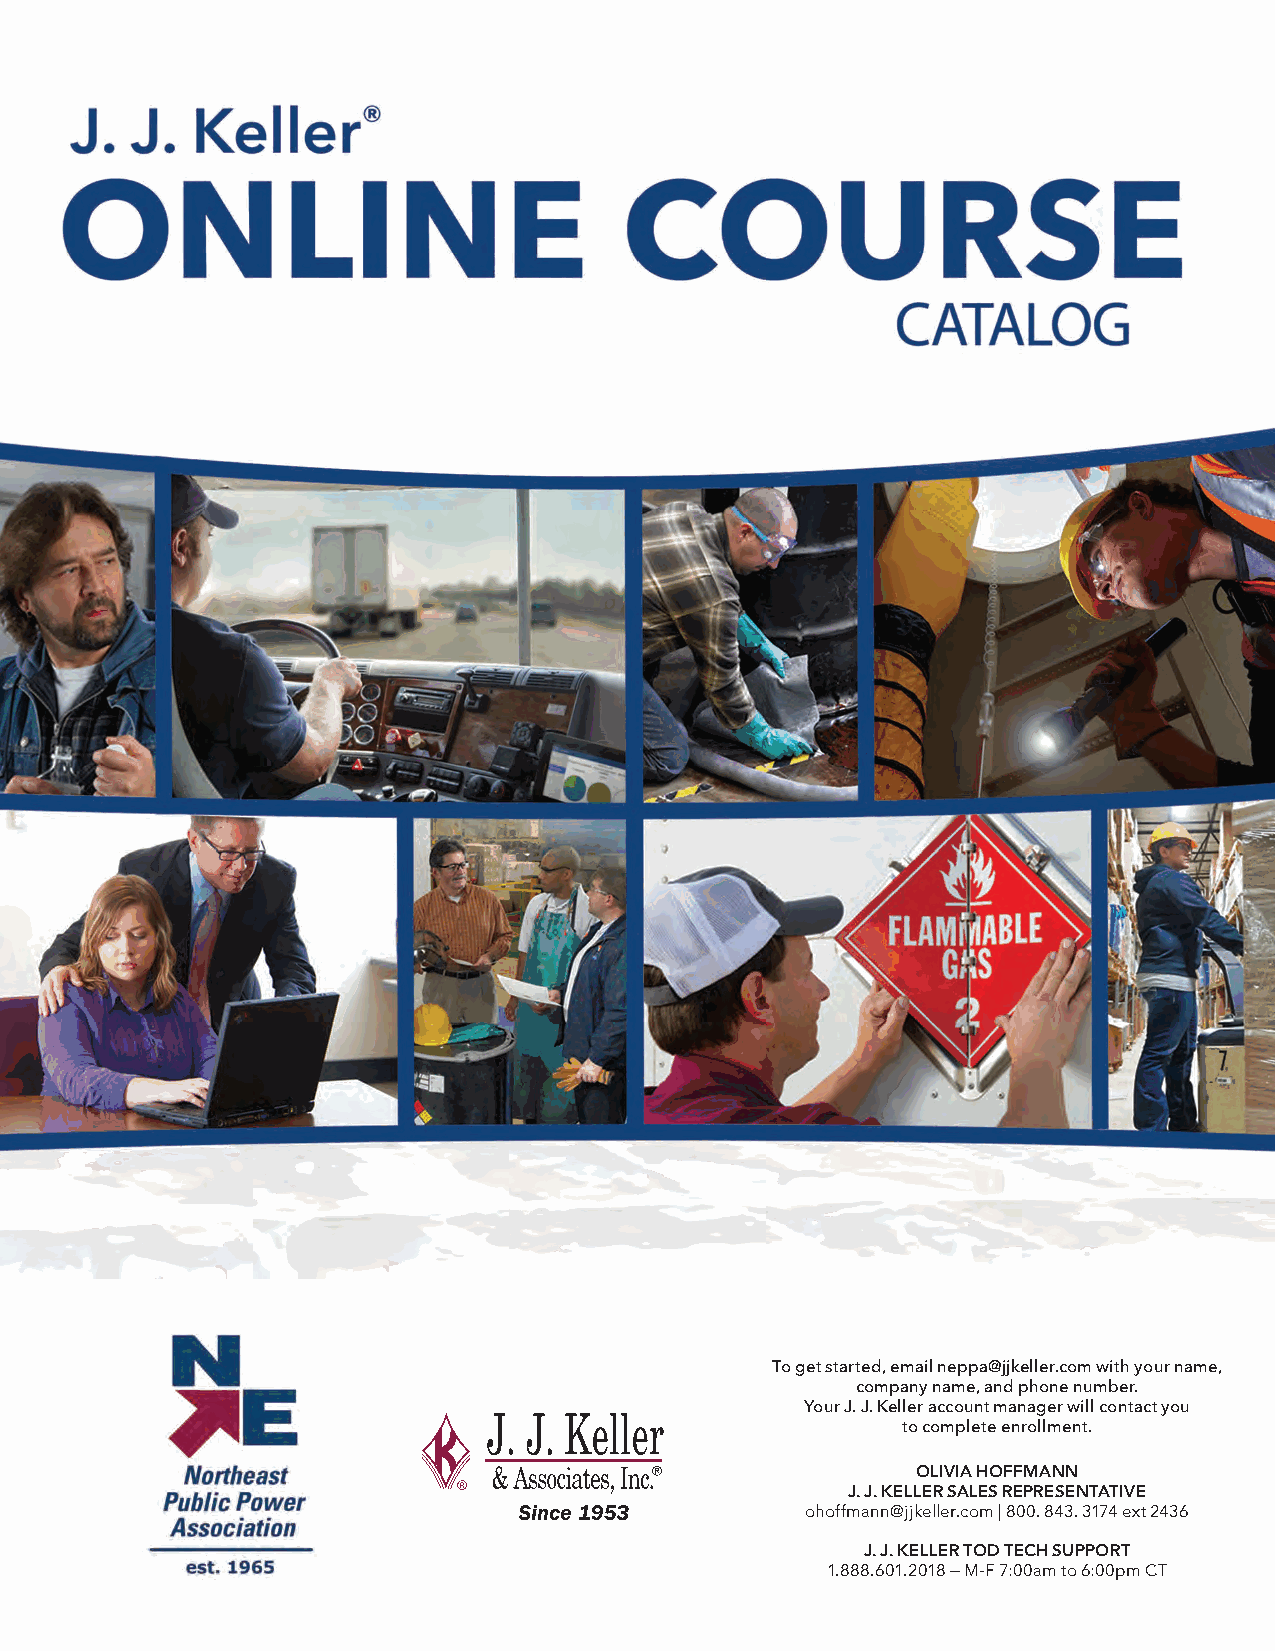
To get started, email neppa@jjkeller.com with your name,
 company name, and phone number.
 Your J. J. Keller account manager will contact you
 to complete enrollment.
 OLIVIA HOFFMANN
 J. J. KELLER SALES REPRESENTATIVE
 ohoffmann@jjkeller.com | 800. 843. 3174 ext 2436
 J. J. KELLER TOD TECH SUPPORT
 1.888.601.2018 — M-F 7:00am to 6:00pm CT